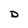
Character: D